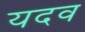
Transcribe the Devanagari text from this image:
यदव